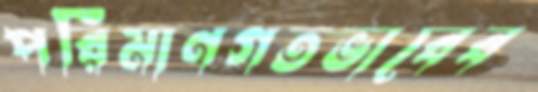
পরিমাণগতভাবেব